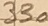
Text: 330